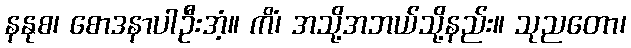
နနုစ၊ စောဒနာပါဦးအံ့။ ကိံ၊ အသို့အဘယ်သို့နည်း။ သုညတော၊